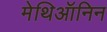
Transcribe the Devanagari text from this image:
मेथिऑनिन